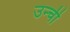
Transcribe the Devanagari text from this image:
उन्ची